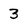
Character: 3